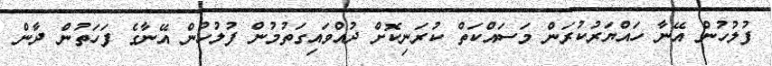
ފުލުހުން އޭނާ ހައްޔަރުކުރަން މަސައްކަތް ކުރަނިކޮށް ދުއްވައިގަތުމުން ފުލުހުން އޭނާގެ ފަހަތުން ދާން